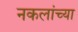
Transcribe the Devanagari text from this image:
नकलांच्या